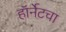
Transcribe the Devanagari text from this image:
हॉर्नेटचा